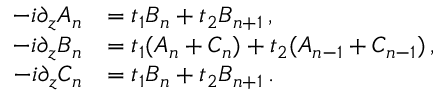
\begin{array} { r l } { - i \partial _ { z } A _ { n } } & { = t _ { 1 } B _ { n } + t _ { 2 } B _ { n + 1 } \, , } \\ { - i \partial _ { z } B _ { n } } & { = t _ { 1 } ( A _ { n } + C _ { n } ) + t _ { 2 } ( A _ { n - 1 } + C _ { n - 1 } ) \, , } \\ { - i \partial _ { z } C _ { n } } & { = t _ { 1 } B _ { n } + t _ { 2 } B _ { n + 1 } \, . } \end{array}